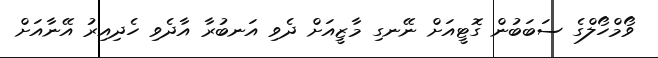
ވޯމްހޯލްގެ ސަބަބުން ގޮޓީއަށް ނޭނގި މާޒީއަށް ދެވި އަނބުރާ އާދެވި ހެދިއިރު އޭނާއަށް